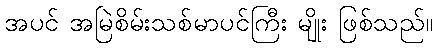
အပင် အမြဲစိမ်းသစ်မာပင်ကြီး မျိုး ဖြစ်သည်။